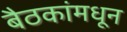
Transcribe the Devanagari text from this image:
बैठकांमधून